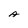
Character: A